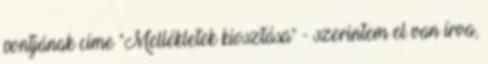
pontjának címe "Mellékletek kiosztása" - szerintem el van írva,